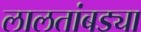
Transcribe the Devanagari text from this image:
लालतांबड्या